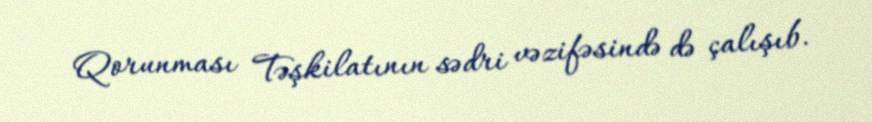
Qorunması Təşkilatının sədri vəzifəsində də çalışıb.